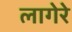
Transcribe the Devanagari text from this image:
लागेरे